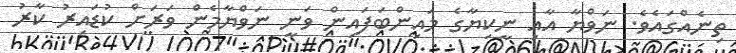
ތިނެއްގައެވެ. ނަވްޔާ އާއި ނީކިޔާގެ މައިންބަފައިން ވަނީ ނަވްޔާމެން ވަރަށް ކުޑައިރު ކާރު